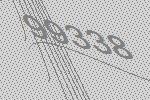
99338